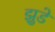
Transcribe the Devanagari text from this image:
झुडे